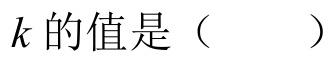
\(k\) 的值是（  ）